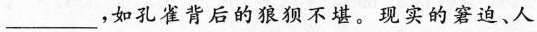
___，如孔雀背后的狼狈不堪。现实的窘迫、人